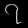
Digit: ၇